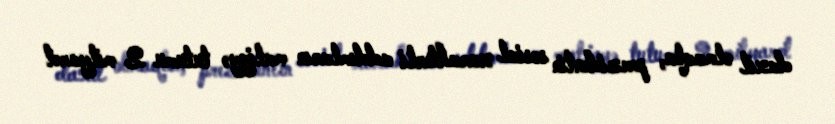
daxil olmaqla, prezidentin sosial xarakterli addımların maliyyə tutumu 2 milyard